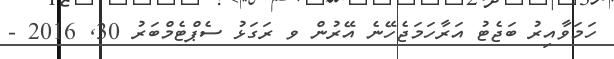
ހަމަވާއިރު ބަޖެޓު އަރާހަމަޖެހޭނެ އޭރުން ވ ރަގަޅު ސެޕްޓެމްބަރު 30